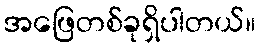
အဖြေတစ်ခုရှိပါတယ်။